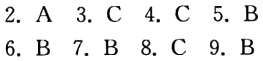
2. A 3. C 4. C 5. B 6. B 7. B 8. C 9. B